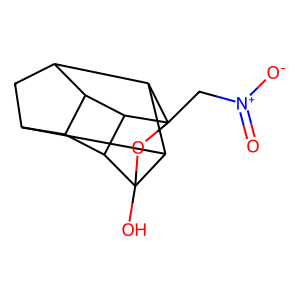
SMILES: O=[N+]([O-])CC12OC3(O)C4C5CC(C6C5C3C61)C42
Inhibits HIV replication: No